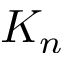
K _ { n }